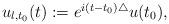
LaTeX: \begin{align*}\begin{array}{l}u_{l,t_0}(t) := e^{i(t-t_0) \triangle} u(t_0),\end{array}\end{align*}